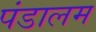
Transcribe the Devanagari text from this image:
पंडालम